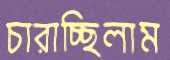
চারাচ্ছিলাম